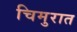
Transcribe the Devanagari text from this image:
चिमुरात